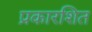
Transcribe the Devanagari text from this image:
प्रकारशित